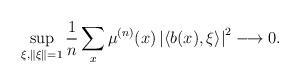
LaTeX: \begin{align*}\sup_{\xi,\left\Vert \xi\right\Vert =1}\frac{1}{n}\sum_{x}\mu^{(n)}(x)\left|\left\langle b(x),\xi\right\rangle \right|^{2}\longrightarrow 0.\end{align*}